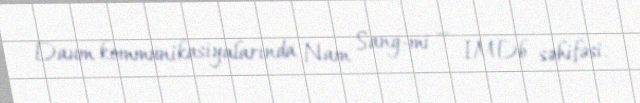
Daum kommunikasiyalarında Nam Sang-mi — IMDb səhifəsi.